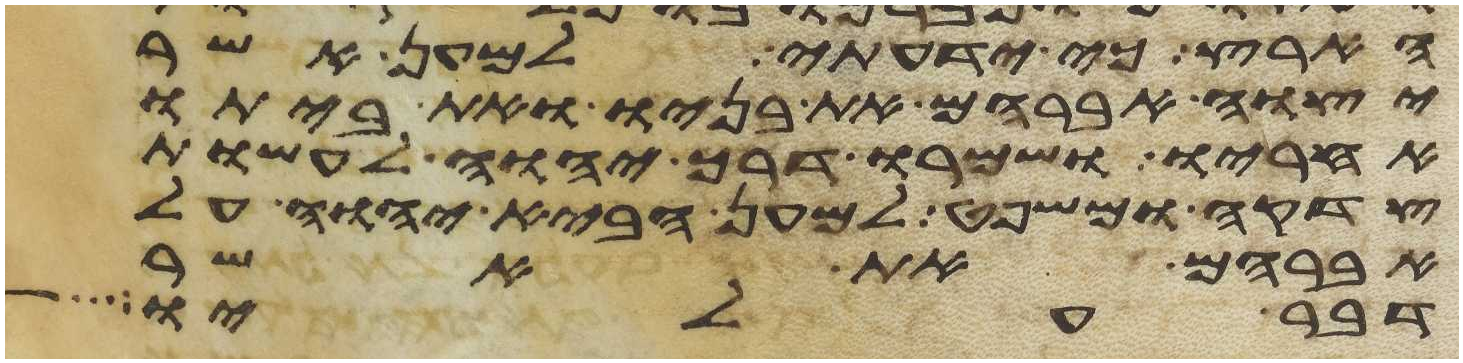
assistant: הארץ כי ידעתי למען אשר
יצוה אברהם את בניו ואת ביתו
אחריו ושמרו דרך יהוה לעשות
צדקה ומשפט למען הביא יהוה על
אברהם את אשר
דבר עליו